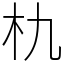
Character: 朹